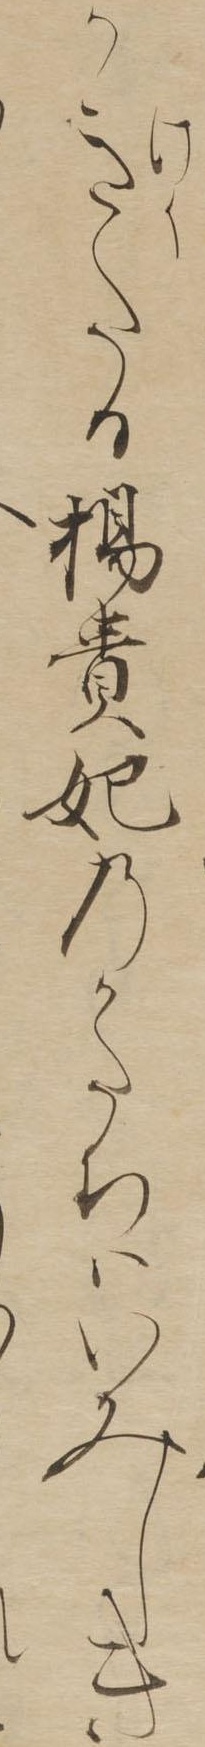
かきたる楊貴妃のかたちはいみしき